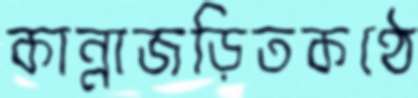
কান্নাজড়িতকণ্ঠে